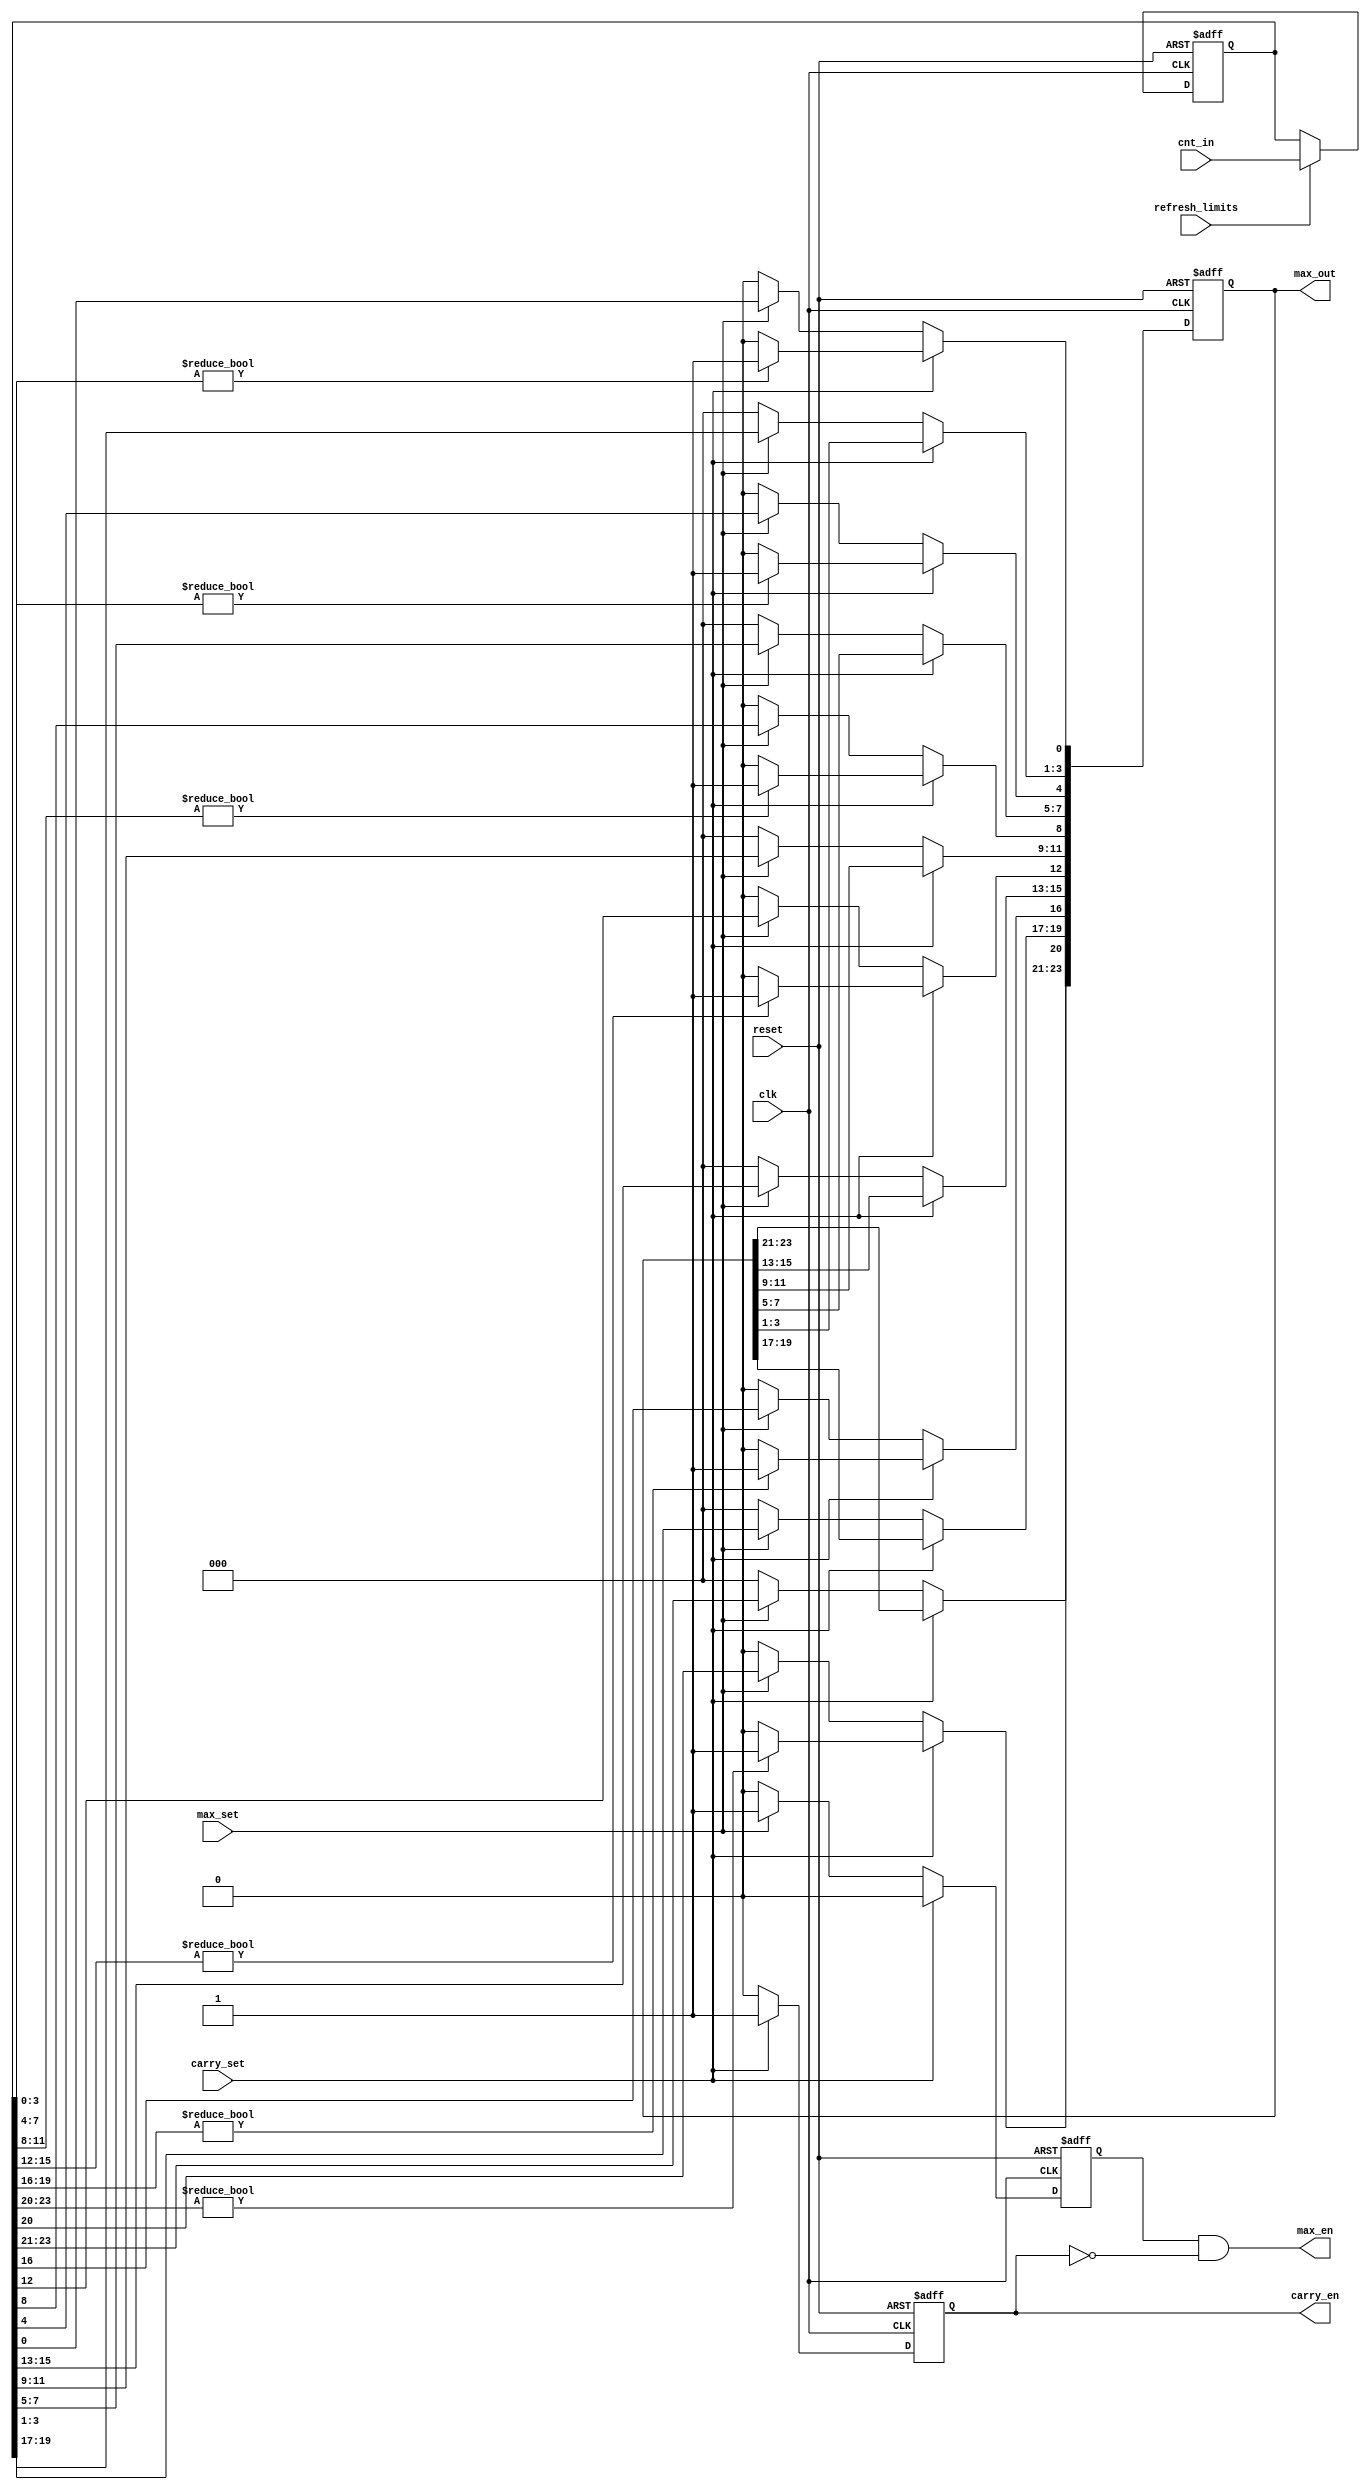
//   Copyright 2024 Martin Putz
//
//   Licensed under the Apache License, Version 2.0 (the "License");
//   you may not use this file except in compliance with the License.
//   You may obtain a copy of the License at
//
//       http://www.apache.org/licenses/LICENSE-2.0
//
//   Unless required by applicable law or agreed to in writing, software
//   distributed under the License is distributed on an "AS IS" BASIS,
//   WITHOUT WARRANTIES OR CONDITIONS OF ANY KIND, either express or implied.
//   See the License for the specific language governing permissions and
//   limitations under the License.

`define default_netname none

module modeselect #(parameter DIGITS = 6)(

	//Inputs
    input wire  [4*DIGITS-1:0] cnt_in, 	//Current counter values    
    input wire carry_set,		//Active for mode Carry
    input wire max_set,			//Active for mode Max Value
    input wire refresh_limits,		//Refresh current maximum values/carry over
    
    input wire reset,			//System reset
    input wire clk,			//System Clock
    
    	//Output
    output wire [4*DIGITS-1:0] max_out,	//Current maximum values/carry over information
    output wire carry_en,		//Mode Carry is active
    output wire max_en			//Mode Max Value is active
);
	//Storage of currently set limit
    reg [4*DIGITS-1:0] current_limit;
    
    	//Assisting Output Signals
    reg max_flag;
    reg carry_flag;
    reg [4*DIGITS-1:0] current_output;
    
    integer j;
    
    always @(posedge reset or posedge clk) begin
    		//if reset, clear stored limit and enter single digit mode
    	if (reset) begin
    		max_flag <= 1'b0;
    		current_limit <= 'd0;
    		current_output <= 'd0;
    		carry_flag <= 1'b0;
    	end else begin
    		//if carry_set, output carry over enable and information of set limit
    		if (carry_set) begin
    			carry_flag <= 1'b1;
    			max_flag <= 1'b0;
    			for  (j = 0; j<4*DIGITS; j = j+4) begin
    				if (current_limit[j+:4] != 4'd0) begin
    					current_output [j] <= 1'b1;
    				end else begin 
 					current_output [j] <= 1'b0;
    				end
    			end
    		//else if max_set, output max val enable and max values of set limit
    		end else if (max_set) begin
    			carry_flag <= 1'b0;
    			max_flag <= 1'b1;
    			current_output <= current_limit;
    		//else, single digit mode, all outputs are 'low'
    		end else begin
    			carry_flag <= 1'b0;
    			max_flag <= 1'b0;
    			current_output <= 'd0;
    		end
    		
    		//if refresh limit, set current counter value as new limit
    		if (refresh_limits) begin
    			current_limit <= cnt_in;
    		end
    	end
    end
    
	//Assigning temporary signals to the outputs
    assign carry_en = carry_flag; 
    assign max_en = max_flag && !carry_flag;
    assign max_out = current_output;

endmodule